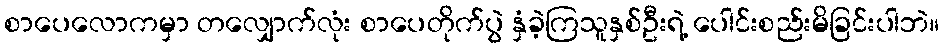
စာပေလောကမှာ တလျှောက်လုံး စာပေတိုက်ပွဲ နှံခဲ့ကြသူနှစ်ဦးရဲ့ ပေါင်းစည်းမိခြင်းပါဘဲ။